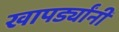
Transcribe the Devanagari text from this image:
खापर्ड्यांनी